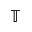
\mathbb { T }